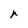
Character: r